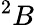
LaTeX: ^{2}B